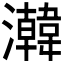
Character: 𬉧